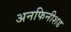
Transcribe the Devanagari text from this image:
अनफिनीशड